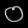
Digit: ၀